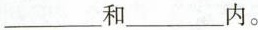
___和___内。